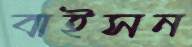
বাইসন